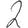
Digit: 2